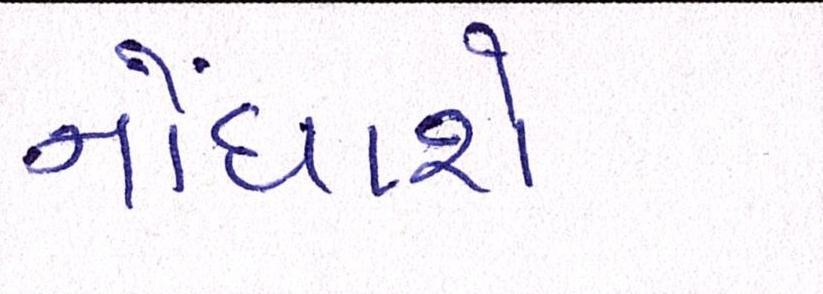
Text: નોંધાશે